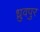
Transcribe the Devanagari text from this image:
ध्रुवपुर